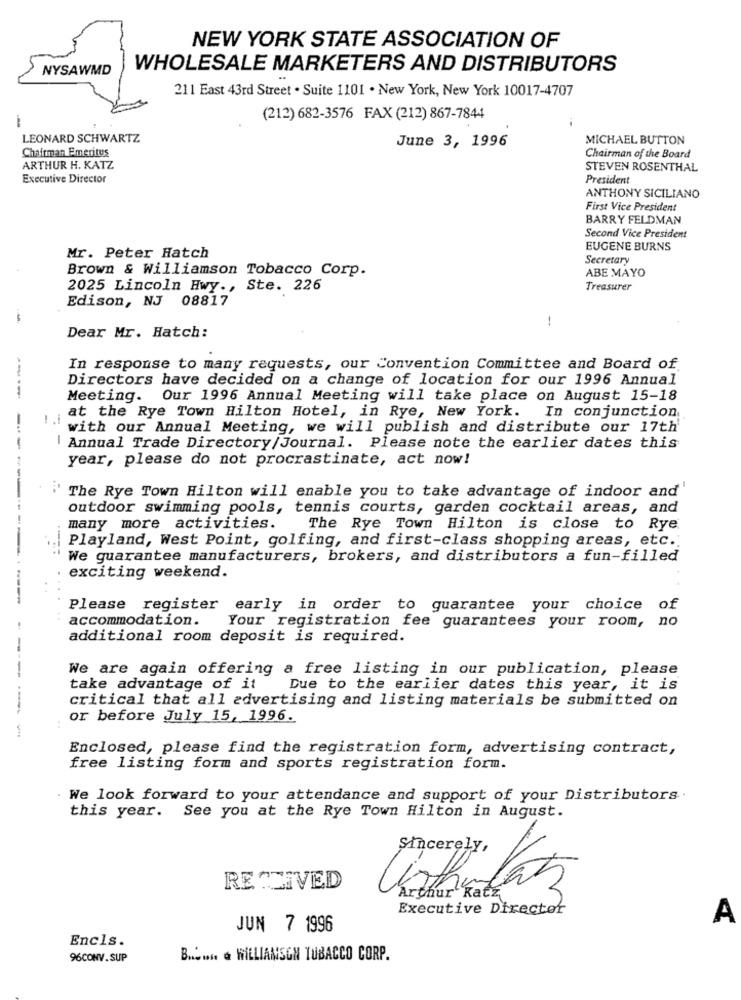
NEW YORK STATE ASSOCIATION OF
NYSAWMD
WHOLESALE MARKETERS AND DISTRIBUTORS
211 East 43rd Street . Suite 1101 . New York, New York 10017-4707
(212) 682-3576 FAX (212) 867-7844
LEONARD SCHWARTZ
June 3, 1996
MICHAEL BUTTON
Chairman Emeritus
Chairman of the Board
ARTHUR H. KATZ
STEVEN ROSENTHAL
Executive Director
President
ANTHONY SICILIANO
First Vice President
BARRY FELDMAN
Second Vice President
EUGENE BURNS
Mr. Peter Hatch
Secretary
Brown & Williamson Tobacco Corp.
ABE MAYO
2025 Lincoln Hwy ., Ste. 226
Treasurer
Edison, NJ 08817
-
Dear Mr. Hatch:
In response to many requests, our Convention Committee and Board of.
Directors have decided on a change of location for our 1996 Annual
----
Meeting. Our 1996 Annual Meeting will take place on August 15-18
at the Rye Town Hilton Hotel, in Rye, New York.
In conjunction
with our Annual Meeting, we will publish and distribute our 17th'
Annual Trade Directory/Journal. Please note the earlier dates this
year, please do not procrastinate, act now!
i' The Rye Town Hilton will enable you to take advantage of indoor and'
outdoor swimming pools, tennis courts, garden cocktail areas, and
many more activities.
The Rye Town Hilton is close to Rye
Playland, West Point, golfing, and first-class shopping areas, etc.
We guarantee manufacturers, brokers, and distributors a fun-filled
exciting weekend.
..
Please register early in order to guarantee your choice of
accommodation.
Your registration fee guarantees your room, no
additional room deposit is required.
-
-
We are again offering a free listing in our publication, please
take advantage of it
Due to the earlier dates this year, it is
critical that all advertising and listing materials be submitted on
or before July 15, 1996.
Enclosed, please find the registration form, advertising contract,
free listing form and sports registration form.
. We look forward to your attendance and support of your Distributors.
this year. See you at the Rye Town Hilton in August.
.CIVED
Executive Director
A
JUN 7 1996
Encls.
96CONV.SUP
B ...... & WILLIAMSON TUBACCO CORP.